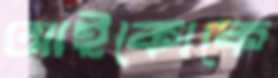
আইকোকে